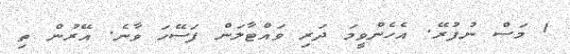
1 މަސް ނުފުރޭ. އެހެންވީމަ ދަރި ވައްޓާލަން ފަސޭހަ ވާނެ. އޭރުން ތި